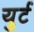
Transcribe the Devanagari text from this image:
युर्ट